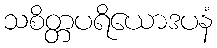
သစိတ္တပရိယောဒပနံ